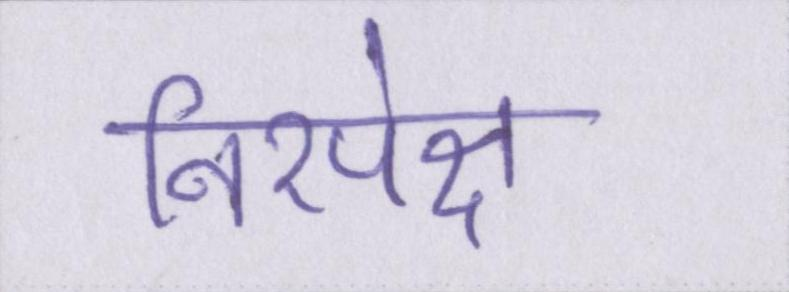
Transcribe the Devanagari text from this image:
निरपेक्ष